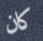
كان